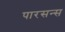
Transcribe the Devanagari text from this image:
पारसन्स